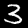
Digit: 3